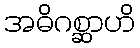
အဓိဂစ္ဆာဟိ